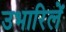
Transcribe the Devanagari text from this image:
उभारिलें